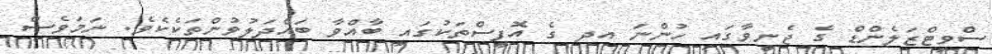
ސްވިޓްޒަލެންޑް ގެ ޖެނީވާގައި ހުންނަ އދ ގެ އޮފީސްތަކުގައި ބާއްވާ ބައްދަލުވުންތަކެކެވެ. ނަމަވެސް